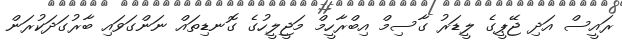
ރައީސް އަދި ޖޭޕީގެ ލީޑަރު ގާސިމް އިބްރާހީމް މަޖީލީހުގެ ގޮނޑިތައް ނަންގަވައި ބާރުގަދަކުރަން